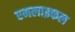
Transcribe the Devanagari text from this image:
एमलाइकल